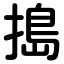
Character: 搗